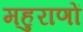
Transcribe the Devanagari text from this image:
महुराणों